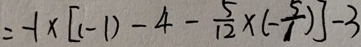
= - 1 \times [ ( - 1 ) - 4 - \frac { 5 } { 1 2 } \times ( - \frac { 5 } { 1 } ) ] - 3